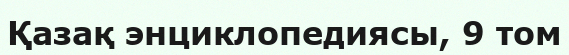
Қазақ энциклопедиясы, 9 том